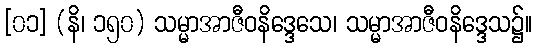
[၀၁] (နိ၊ ၁၅၀) သမ္မာအာဇီဝနိဒ္ဒေသေ၊ သမ္မာအာဇီဝနိဒ္ဒေသ၌။